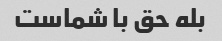
بله حق با شماست